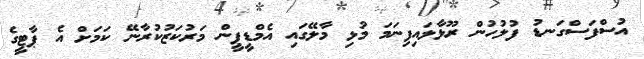
އުސްފަސްގަނޑު ފުލުހުން ރޫޅާލައިފިނަމަ މުޅި މާލޭގައި އެމްޑީޕީން މަރުކަޒުކުރާނޭ ކަމަށް އެ ޕާޓީގެ